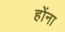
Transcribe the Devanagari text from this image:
होंना